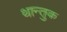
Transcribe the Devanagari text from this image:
थान्तुक